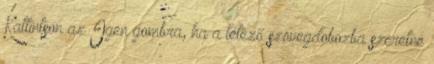
Kattintson az Igen gombra, ha a létező szövegdobozba szeretné